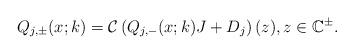
LaTeX: \begin{align*}Q_{j,\pm}(x;k)=\mathcal{C}\left(Q_{j,-}(x ; k) J+D_j\right)(z), z \in \mathbb{C}^{\pm}.\end{align*}